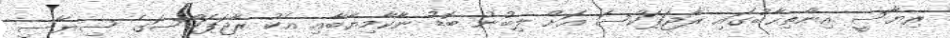
ރިޔާސީ އިންތިޙާބުގައި ރާޖަޕަކްސަ އަށް ލިބުނު ބޮޑު ނާކާމިޔާބާއި އެކު ރާޖަޕަކްސަގެ ސިޔާސީ